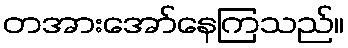
တအားအော်နေကြသည်။